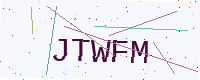
Text: JTWFM